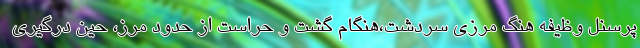
پرسنل وظیفه هنگ مرزی سردشت،هنگام گشت و حراست از حدود مرز، حین درگیری